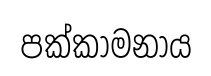
පක්කාමනාය